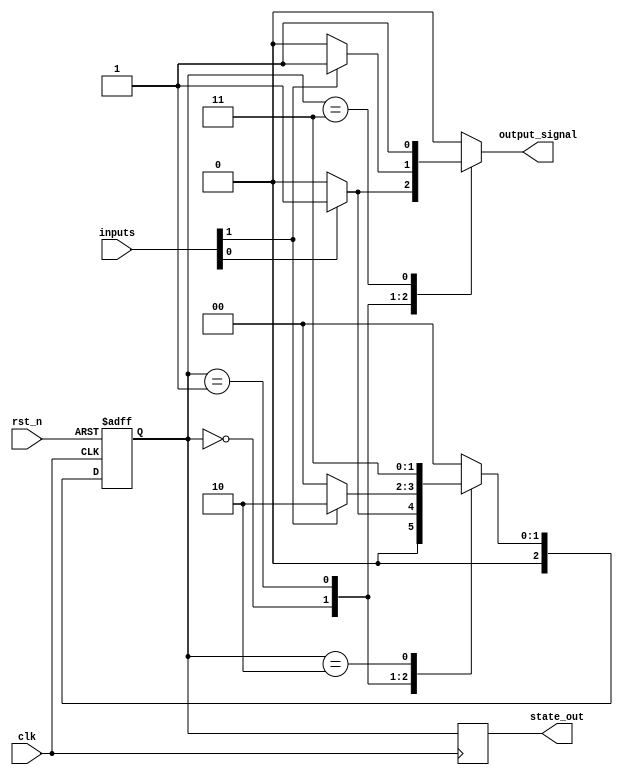
module MealyStateMachine #(
    parameter N = 3,               // Number of bits for state encoding
    parameter M = 2                // Number of input signals
)(
    input wire clk,                // Clock signal
    input wire rst_n,              // Asynchronous active-low reset
    input wire [M-1:0] inputs,     // Input signals affecting state and output
    output reg [N-1:0] state_out,  // Current state output
    output reg output_signal        // Output signal based on current state and inputs
);

    // State encoding
    localparam S0 = 3'b000; // State 0
    localparam S1 = 3'b001; // State 1
    localparam S2 = 3'b010; // State 2
    localparam S3 = 3'b011; // State 3 (and so on, depending on N)

    // State register
    reg [N-1:0] current_state, next_state;

    // State transition logic (Mealy machine)
    always @(*) begin
        case (current_state)
            S0: begin
                if (inputs[0]) begin
                    next_state = S1;
                    output_signal = 1'b1; // Output based on input condition
                end else begin
                    next_state = S0;
                    output_signal = 1'b0;
                end
            end
            S1: begin
                if (inputs[1]) begin
                    next_state = S2;
                    output_signal = 1'b1;
                end else begin
                    next_state = S0;
                    output_signal = 1'b0;
                end
            end
            S2: begin
                next_state = S3; // Example transition
                output_signal = 1'b0; // Example output
            end
            S3: begin
                next_state = S0; // Example transition
                output_signal = 1'b1; // Example output
            end
            default: begin
                next_state = S0;
                output_signal = 1'b0;
            end
        endcase
    end

    // State register update
    always @(posedge clk or negedge rst_n) begin
        if (!rst_n) begin
            current_state <= S0; // Reset to initial state
        end else begin
            current_state <= next_state; // Update state on clock edge
        end
    end

    // Output assignment
    always @(posedge clk) begin
        state_out <= current_state; // Output current state
    end

endmodule